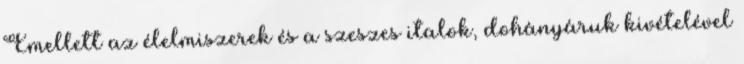
Emellett az élelmiszerek és a szeszes italok, dohányáruk kivételével